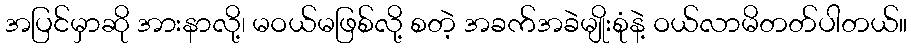
အပြင်မှာဆို အားနာလို့၊ မဝယ်မဖြစ်လို့ စတဲ့ အခက်အခဲမျိုးစုံနဲ့ ဝယ်လာမိတတ်ပါတယ်။